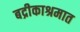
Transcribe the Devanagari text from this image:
बद्रीकाश्रमात